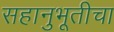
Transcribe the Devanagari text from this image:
सहानुभूतीचा